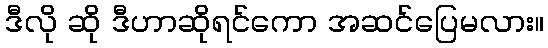
ဒီလို ဆို ဒီဟာဆိုရင်ကော အဆင်ပြေမလား။